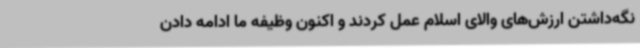
نگه‌داشتن ارزش‌های والای اسلام عمل کردند و اکنون وظیفه ما ادامه دادن